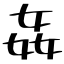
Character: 姦